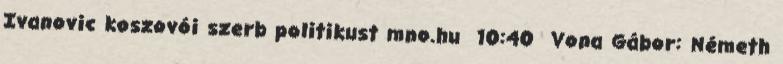
Ivanovic koszovói szerb politikust mno.hu 10:40 Vona Gábor: Németh